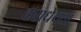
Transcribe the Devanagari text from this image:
कराधेयता